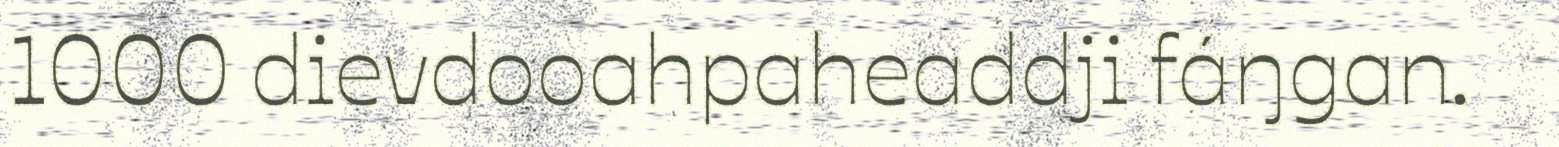
1000 dievdooahpaheaddji fáŋgan.